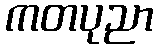
ကတပုညာ